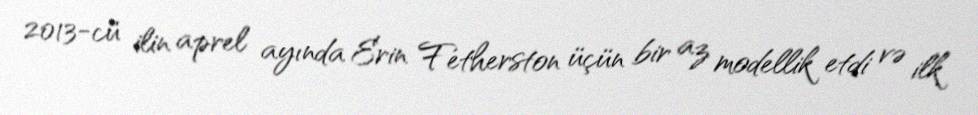
2013-cü ilin aprel ayında Erin Fetherston üçün bir az modellik etdi və ilk